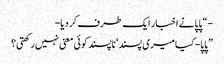
-“ پاپا نے اخبار ایک طرف کر دیا-
”پاپا- کیا میری پسند‘ ناپسند کوئی معنی نہیں رکھتی؟